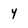
Character: y